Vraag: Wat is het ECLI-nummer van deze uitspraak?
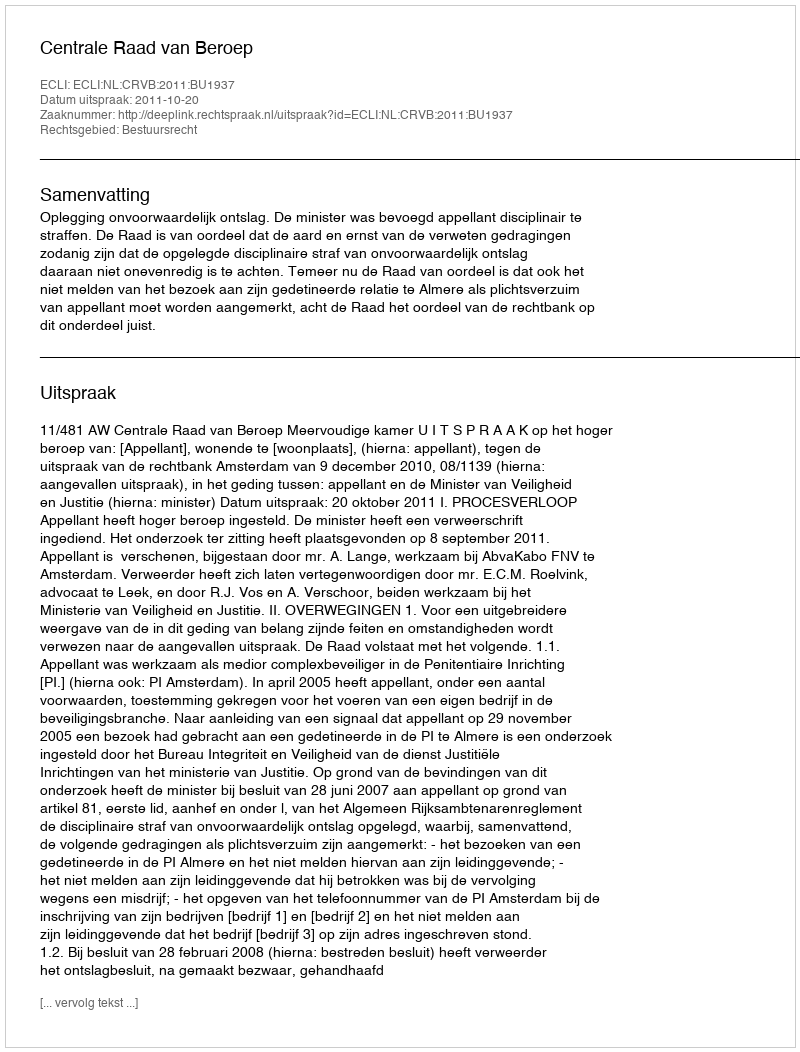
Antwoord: ECLI:NL:CRVB:2011:BU1937